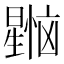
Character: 𰖳